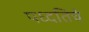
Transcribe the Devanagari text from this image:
पध्दतिचे